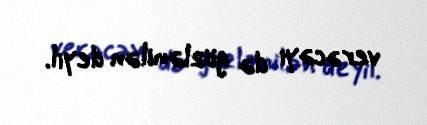
verəcəyi də gözlənilən deyil.